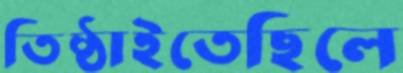
তিষ্ঠাইতেছিলে